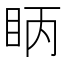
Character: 眪